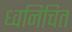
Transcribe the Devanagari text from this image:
ध्वनिचित